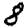
Digit: 8